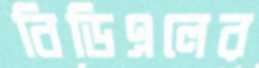
বিডিএলের